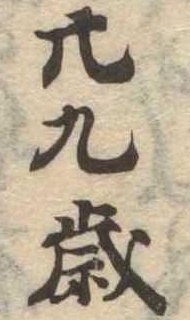
廿九歳